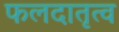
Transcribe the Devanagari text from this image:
फलदातृत्व